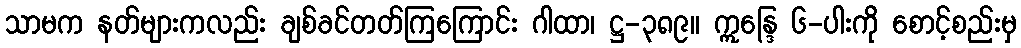
သာမက နတ်များကလည်း ချစ်ခင်တတ်ကြကြောင်း ဂါထာ၊ ဋ္ဌ-၃၈၉။ ဣန္ဒြေ ၆-ပါးကို စောင့်စည်းမှ